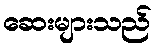
ဆေးများသည်